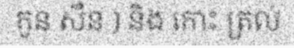
កូន សឺន ) និង កោះ ត្រល់